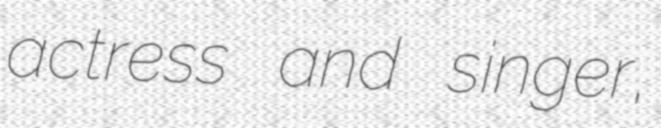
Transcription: actress and singer,